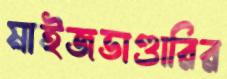
মাইজভাণ্ডারির